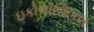
ઇકોલૉજિકલ